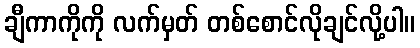
ချီကာကိုကို လက်မှတ် တစ်စောင်လိုချင်လို့ပါ။